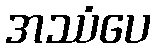
အဿံပေ